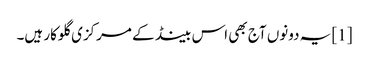
[1] یہ دونوں آج بھی اس بینڈ کے مرکزی گلوکار ہیں۔